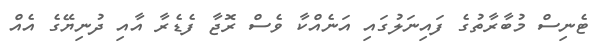
ޓެނިސް މުބާރާތުގެ ފައިނަލުގައި އަނެއްކާ ވެސް ރޮޖާ ފެޑެރާ އާއި ދުނިޔޭގެ އެއް